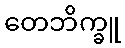
တေဘိက္ခူ